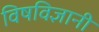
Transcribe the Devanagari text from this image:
विषविज्ञानी